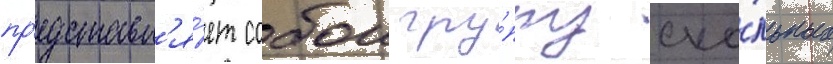
пр'едставл'я́ет собои гру́ппу ска́льных